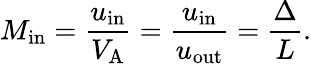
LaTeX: M_{\mathrm{{in}}}=\frac{u_{\mathrm{{in}}}}{V_{\mathrm{{A}}}}=\frac{u_{\mathrm{{in}}}}{u_{\mathrm{{out}}}}=\frac{\Delta}{L}.